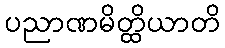
ပညာဏမိတ္ထိယာတိ